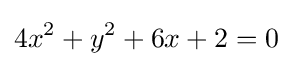
4x^{2}+y^{2}+6x+2=0